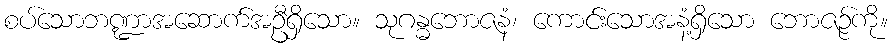
စပ်သောဘဏ္ဍာအဆောက်အဦရှိသော။ သုဂန္ဓဘောဇနံ၊ ကောင်းသောအနံ့ရှိသော ဘောဇဉ်ကို။